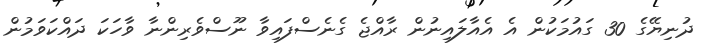
ދުނިޔޭގެ 30 ގައުމަކުން އެ އެއާލައިނުން ރާއްޖެ ގެނެސްފައިވާ ނޫސްވެރިންނާ ވާހަކަ ދައްކަވަމުން